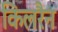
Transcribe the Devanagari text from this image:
किलरैन